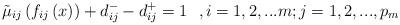
LaTeX: \begin{align*}{\tilde \mu _{ij}}\left( {{f_{ij}}\left( x \right)} \right) + d_{ij}^ - - d_{ij}^ + = 1\,\,\,\,,i = 1,2,...m;j = 1,2,...,p_m\end{align*}